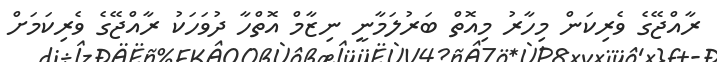
ރާއްޖޭގެ ވެރިކަން މިހާރު މިއޮތް ބަރުލަމާނީ ނިޒާމް އޮތްހާ ދުވަހަކު ރާއްޖޭގެ ވެރިކަމަށް